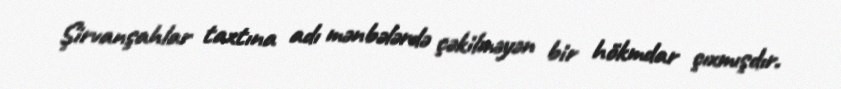
Şirvanşahlar taxtına adı mənbələrdə çəkilməyən bir hökmdar çıxmışdır.